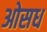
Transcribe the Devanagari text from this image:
ओसध